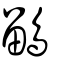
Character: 鶹